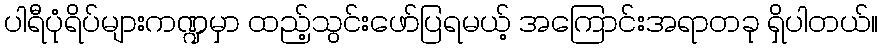
ပါရီပုံရိပ်များကဏ္ဍမှာ ထည့်သွင်းဖော်ပြရမယ့် အကြောင်းအရာတခု ရှိပါတယ်။